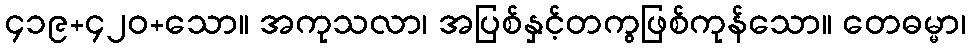
၄၁၉+၄၂၀+သော။ အကုသလာ၊ အပြစ်နှင့်တကွဖြစ်ကုန်သော။ တေဓမ္မာ၊